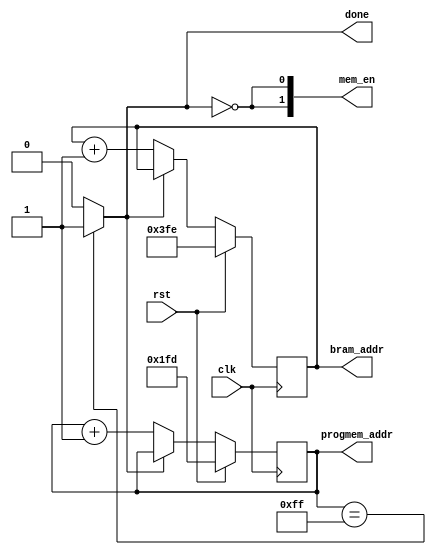
`timescale 1ns / 1ps

module instr_load_counter(bram_addr,progmem_addr,clk,rst,done,mem_en);

    input             rst;
	input             clk;
    output reg [9:0]  bram_addr;
    output reg [8:0]  progmem_addr;
    output reg        done;
    output     [1:0]  mem_en;
    
	
    assign mem_en[0]   =  ~done;
    assign mem_en[1]   =  ~done;
    
    always@(negedge clk)
    begin
      if(rst)
        begin
          bram_addr    <= 10'd1022;
          progmem_addr <= 9'd509;
        end
		
        else if(done)
        begin
          bram_addr    <= bram_addr;
          progmem_addr <= progmem_addr;
        end
		
        else
        begin
          bram_addr    <= bram_addr + 1;
          progmem_addr <= progmem_addr + 1;
        end
    end
    
    always@(*)
    begin
      if(progmem_addr == 9'd255)
        done<= 1;
		
      else
        done <= 0;
    end
        
endmodule
/*
module count_tb2;
    wire [8:0] count_addr;
    reg clk,rst;
    wire done;
    wire [1:0] mem_en;
    instr_load_counter uut(count_addr,clk,rst,done,mem_en);
    
    initial begin
    clk = 0;
    rst = 1;
    #40 rst = 0;
    #5200 rst = 1;
    #40 rst = 0;
    end
    
    always #10 clk = ~clk;
    
    
endmodule
*/